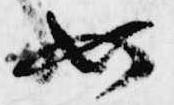
如